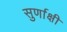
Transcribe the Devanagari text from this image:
सुर्णाक्षी